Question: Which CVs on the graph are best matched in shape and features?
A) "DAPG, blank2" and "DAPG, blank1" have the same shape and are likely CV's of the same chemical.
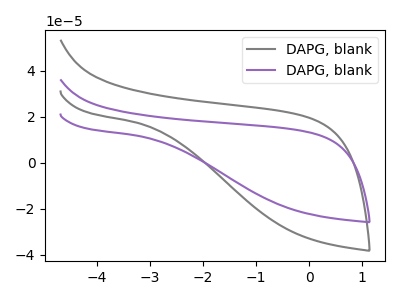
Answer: <think>The gray curve "DAPG, blank1" has no peaks. The purple curve "DAPG, blank2" has no peaks.
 Neither "DAPG, blank1" or "DAPG, blank2" have any peaks.</think>
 <answer>A) "DAPG, blank2" and "DAPG, blank1" have the same shape and are likely CV's of the same chemical.</answer>
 <eval>A</eval>